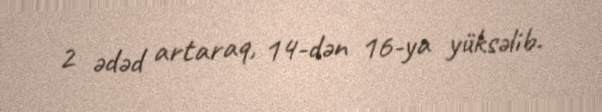
2 ədəd artaraq, 14-dən 16-ya yüksəlib.